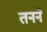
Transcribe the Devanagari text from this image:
तनने